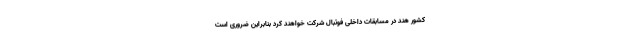
کشور هند در مسابقات داخلی فوتبال شرکت خواهند کرد بنابراین ضروری است